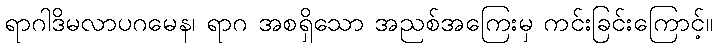
ရာဂါဒိမလာပဂမေန၊ ရာဂ အစရှိသော အညစ်အကြေးမှ ကင်းခြင်းကြောင့်။